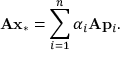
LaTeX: \mathbf { A } \mathbf { x } _ { * } = \sum _ { i = 1 } ^ { n } \alpha _ { i } \mathbf { A } \mathbf { p } _ { i } .